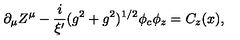
\partial _ { \mu } Z ^ { \mu } - \frac { i } { \xi ^ { \prime } } ( g ^ { 2 } + g ^ { 2 } ) ^ { 1 / 2 } \phi _ { c } \phi _ { z } = C _ { z } ( x ) ,